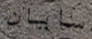
سايان